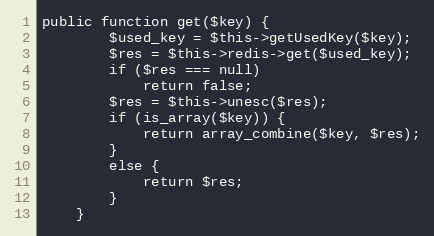
Language: PHP
public function get($key) {
        $used_key = $this->getUsedKey($key);
        $res = $this->redis->get($used_key);
        if ($res === null)
            return false;
        $res = $this->unesc($res);
        if (is_array($key)) {
            return array_combine($key, $res);
        }
        else {
            return $res;
        }
    }